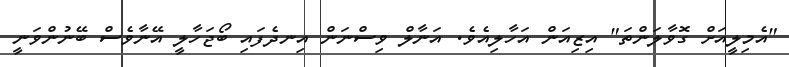
"އެމިލީއަށް ގޮވާލަންތަ" އިޒިއަން އަހާލިއެވެ. އަނާލް ވިސްނަން އިނދެފައި ބޯޖަހާލީ އޭނާވެސް ބޭނުންވަނީ